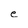
Character: e